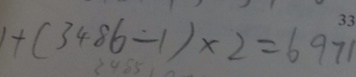
1 + ( 3 4 8 6 - 1 ) \times 2 = 6 9 7 1